Annual administration report of the Bombay Presidency - 1887-1892
Year: 1887
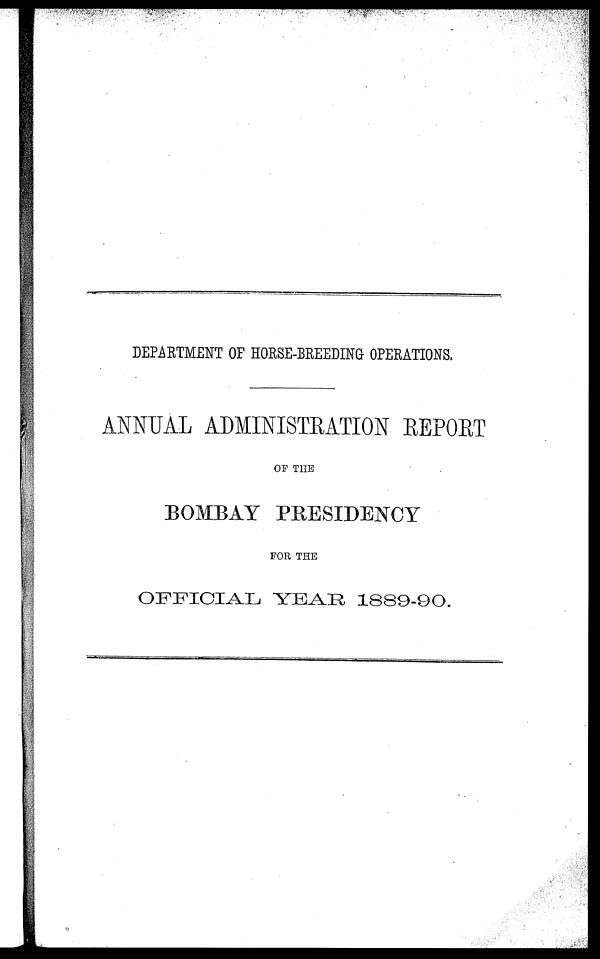
DEPARTMENT OF HORSE-BREEDING OPERATIONS.
ANNUAL ADMINISTRATION REPORT
OF THE
BOMBAY PRESIDENCY
FOR THE
OFFICIAL YEAR 1889-90.